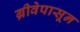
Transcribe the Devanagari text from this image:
ग्रीवेपासून